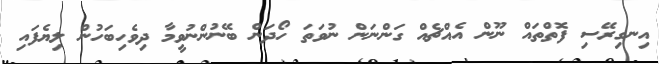
އިނގިރޭސި ފޮތްތައް ނޫން އެއްޗެއް ގަންނަން ނުވަތަ ހޯދަން ބޭނުންނުވީމާ ދިވެހިބަހުން ލިޔެފައި